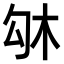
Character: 𠣛